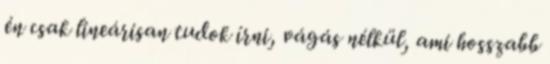
én csak lineárisan tudok írni, vágás nélkül, ami hosszabb